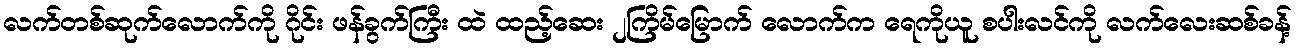
လက်တစ်ဆုက်လောက်ကို ဂိုင်း ဖန်ခွက်ကြီး ထဲ ထည့်ဆေး ၂ကြိမ်မြောက် လောက်က ရေကိုယူ စပါးလင်ကို လက်လေးဆစ်ခန့်